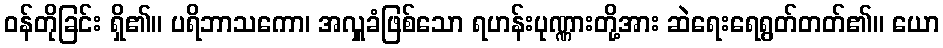
ဝန်တိုခြင်း ရှိ၏။ ပရိဘာသကော၊ အလှူခံဖြစ်သော ရဟန်းပုဏ္ဏားတို့အား ဆဲရေးရေရွတ်တတ်၏။ ယော